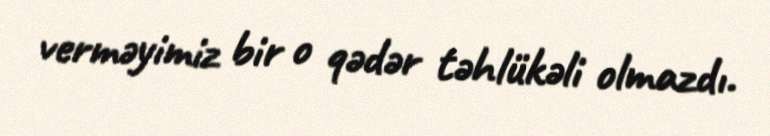
verməyimiz bir o qədər təhlükəli olmazdı.